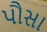
પૌસા